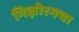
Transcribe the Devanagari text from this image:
मिझोरमचा